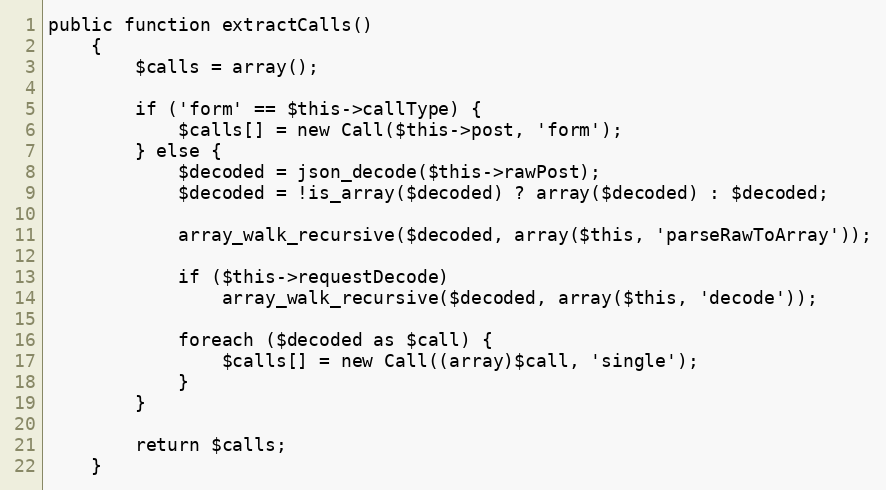
Language: PHP
public function extractCalls()
    {
        $calls = array();

        if ('form' == $this->callType) {
            $calls[] = new Call($this->post, 'form');
        } else {
            $decoded = json_decode($this->rawPost);
            $decoded = !is_array($decoded) ? array($decoded) : $decoded;

            array_walk_recursive($decoded, array($this, 'parseRawToArray'));

            if ($this->requestDecode)
                array_walk_recursive($decoded, array($this, 'decode'));

            foreach ($decoded as $call) {
                $calls[] = new Call((array)$call, 'single');
            }
        }

        return $calls;
    }